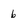
Character: b